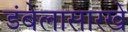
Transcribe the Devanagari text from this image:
डंबेलासारखे